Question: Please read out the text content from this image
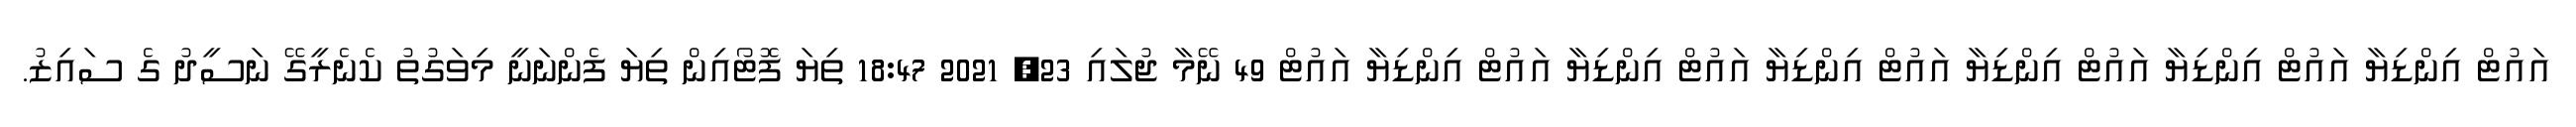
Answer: އައުޓް އިންޑިޔާ އައުޓް އިންޑިޔާ އައުޓް އިންޑިޔާ އައުޓް އިންޑިޔާ އައުޓް އިންޑިޔާ އައުޓް އިންޑިޔާ އައުޓް 49 ނޭމާ ޖުލައި 23, 2021 18:47 ތިޔަ ފޮޓޯއިން ތިޔަ ފެންނަނީ މިވަގުތު ކެނެރީގޭ ނަސީދު ގެ ސައިޒު.